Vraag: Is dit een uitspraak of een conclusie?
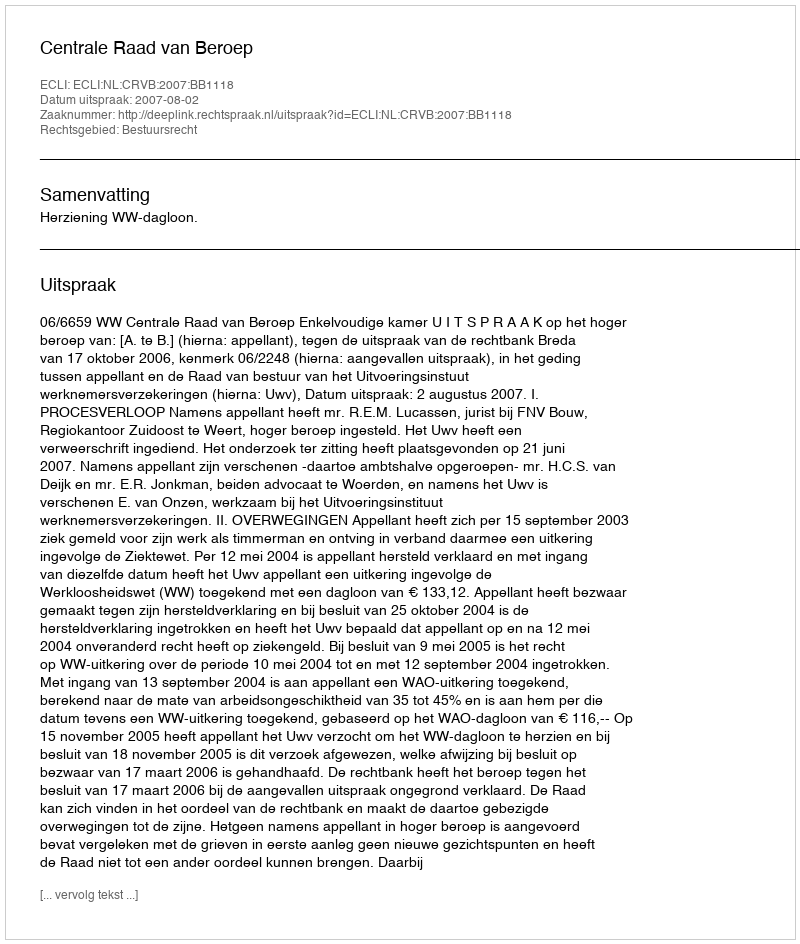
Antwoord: Uitspraak